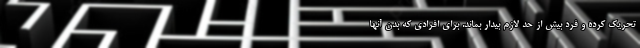
تحریک کرده و فرد بیش از حد لازم بیدار بماند. برای افرادی که بدن آنها